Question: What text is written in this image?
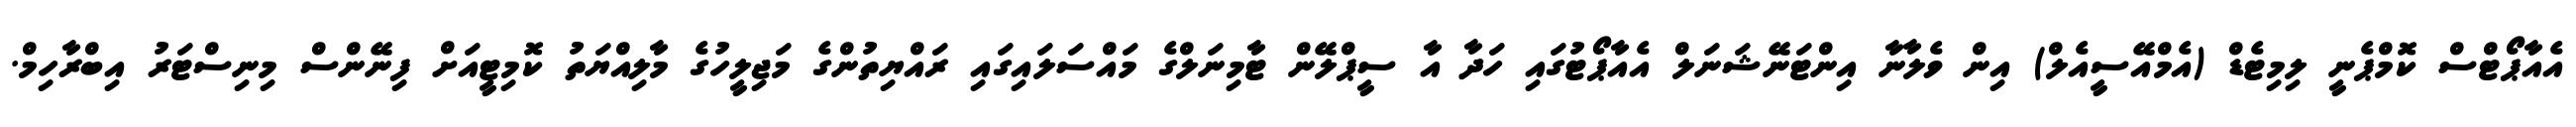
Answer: އެއާޕޯޓްސް ކޮމްޕެނީ ލިމިޓެޑް (އެމްއޭސީއެލް) އިން ވެލާނާ އިންޓަނޭޝަނަލް އެއާޕޯޓުގައި ހަދާ އާ ސީޕްލޭން ޓާމިނަލްގެ މައްސަލައިގައި ރައްޔިތުންގެ މަޖިލީހުގެ މާލިއްޔަތު ކޮމިޓީއަށް ފިނޭންސް މިނިސްޓަރު އިބްރާހިމް.